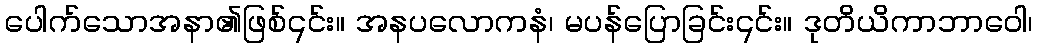
ပေါက်သောအနာ၏ဖြစ်၎င်း။ အနပလောကနံ၊ မပန်ပြောခြင်း၎င်း။ ဒုတိယိကာဘာဝေါ၊